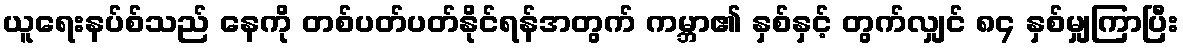
ယူရေးနပ်စ်သည် နေကို တစ်ပတ်ပတ်နိုင်ရန်အတွက် ကမ္ဘာ၏ နှစ်နှင့် တွက်လျှင် ၈၄ နှစ်မျှကြာပြီး